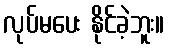
လုပ်မပေး နိုင်ခဲ့ဘူး။